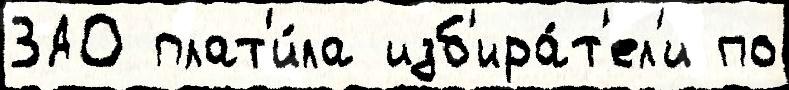
ЗАО плат'и́ла изб'ира́т'ел'и по